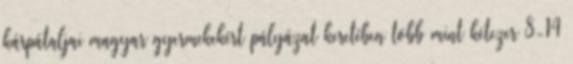
kárpátaljai magyar gyermekekért pályázat keretében több mint kétezer 8-14